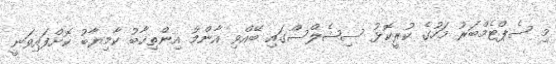
މި ސެޕްޓެމްބަރު މަހުގެ ކުރީކޮޅު ސިޝެލްސްގައި ބޭއްވި އާންމު އިންތިޚާބު ކާމިޔާބު ކޮށްފައިވަނީ